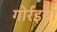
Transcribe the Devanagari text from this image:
गोर्रइया